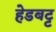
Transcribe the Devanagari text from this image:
हेडबट्ट